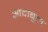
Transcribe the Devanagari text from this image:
आदाबुल